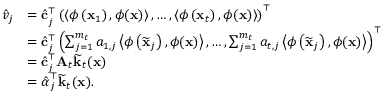
\begin{array} { r l } { \hat { v } _ { j } } & { = \hat { \mathbf { c } } _ { j } ^ { \top } \left( \left\langle \phi \left( \mathbf { x } _ { 1 } \right) , \phi ( \mathbf { x } ) \right\rangle , \ldots , \left\langle \phi \left( \mathbf { x } _ { t } \right) , \phi ( \mathbf { x } ) \right\rangle \right) ^ { \top } } \\ & { = \hat { \mathbf { c } } _ { j } ^ { \top } \left( \sum _ { j = 1 } ^ { m _ { t } } a _ { 1 , j } \left\langle \phi \left( \widetilde { \mathbf { x } } _ { j } \right) , \phi ( \mathbf { x } ) \right\rangle , \ldots , \sum _ { j = 1 } ^ { m _ { t } } a _ { t , j } \left\langle \phi \left( \widetilde { \mathbf { x } } _ { j } \right) , \phi ( \mathbf { x } ) \right\rangle \right) ^ { \top } } \\ & { = \hat { \mathbf { c } } _ { j } ^ { \top } \mathbf { A } _ { t } \widetilde { \mathbf { k } } _ { t } ( \mathbf { x } ) } \\ & { = \hat { \boldsymbol { \alpha } } _ { j } ^ { \top } \widetilde { \mathbf { k } } _ { t } ( \mathbf { x } ) . } \end{array}